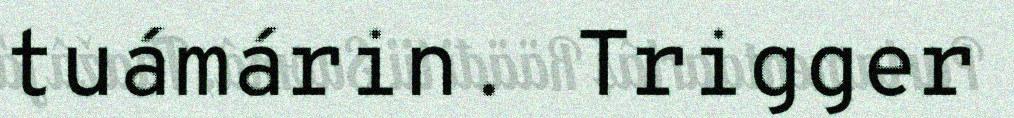
tuámárin. Trigger